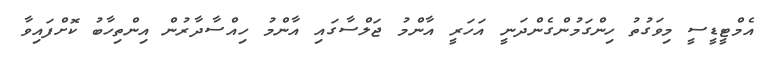
އެމްޓީޑީސީ މިވަގުތު ހިންގަމުންގެންދަނީ އަހަރީ އާންމު ޖަލްސާގައި އާންމު ހިއްސާދާރުން އިންތިހާބު ކޮށްފައިވާ